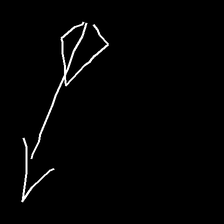
Glyph: focus